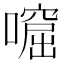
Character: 𡀙